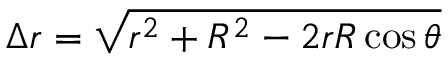
\Delta r = \sqrt { r ^ { 2 } + R ^ { 2 } - 2 r R \cos { \theta } }